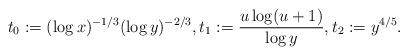
LaTeX: \begin{align*}t_0:= (\log x)^{-1/3}(\log y)^{-2/3}, t_1: = \frac{u\log(u+1)}{\log y},t_2: = y^{4/5}.\end{align*}